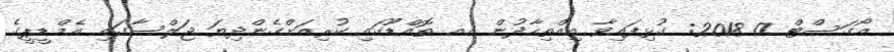
އޯގަސްޓް 17 2018: ގުޅިފައިވާ އިއްތިހާދުން އއ ތޮއްޑޫގައި ކުރިއަށްގެންދިޔަ ޖަލްސާގައި އެމްޑީޕީގެ